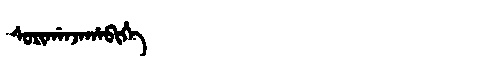
Manchu: ᠰᠣᡵᡳᡤᠠᠨᠵᠠᡥᠠᠪᡳᡥᡝ
Romanization: SORIGANJAHABIHE